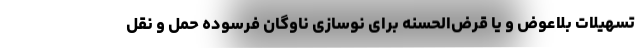
تسهیلات بلاعوض و یا قرض‌الحسنه برای نوسازی ناوگان فرسوده حمل و نقل